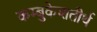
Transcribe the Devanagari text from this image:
कम्बुकेशतीर्थ